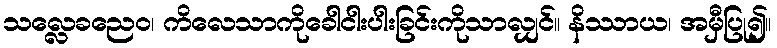
သလ္လေခညေဝ၊ ကိလေသာကိုခေါငါးပါးခြင်းကိုသာလျှင်။ နိဿာယ၊ အမှီပြု၍။